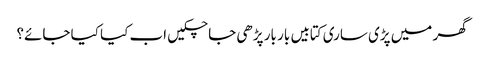
گھر میں پڑی ساری کتابیں بار بار پڑھی جا چکیں اب کیا کیا جائے؟